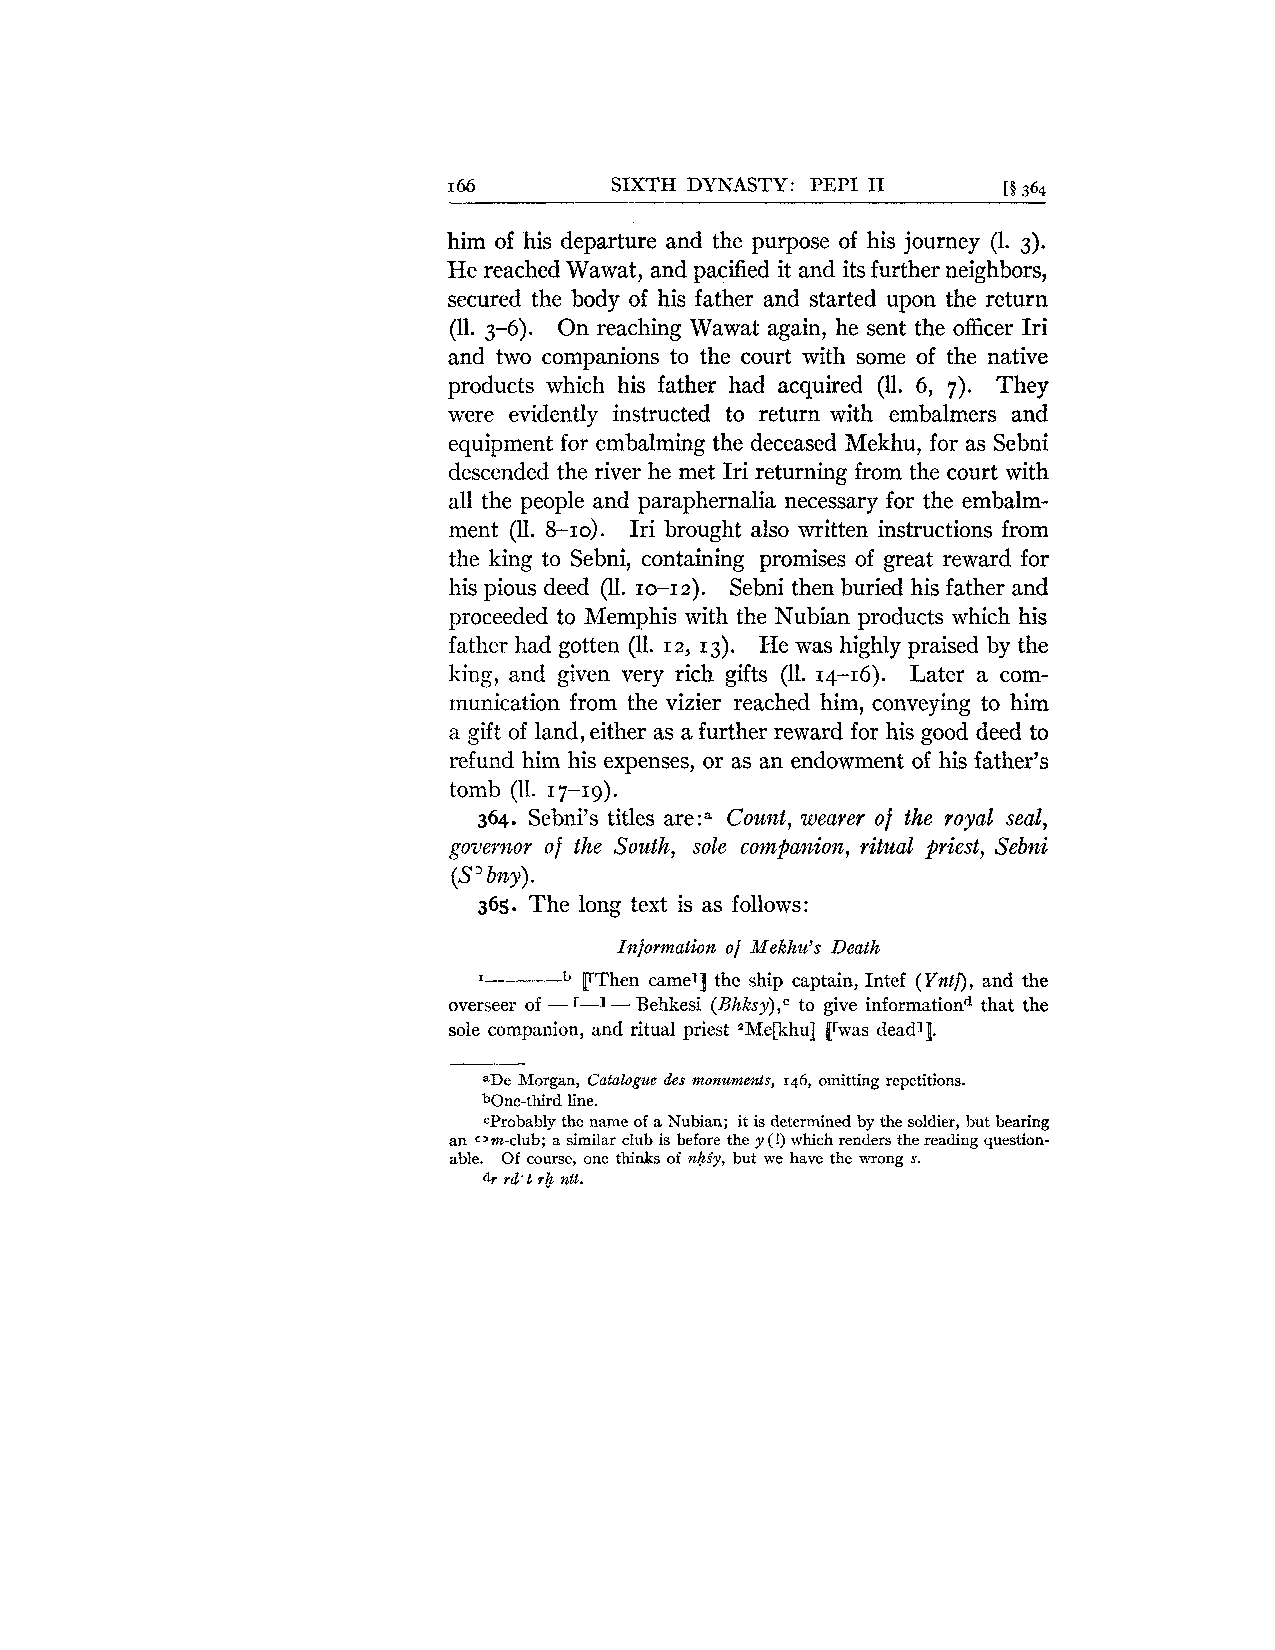
I 66       SIXTH DYNASTY: PEP1 I1   [O 364
 him of his departure and the purpose of his journey (1. 3).
 He reached Wawat, and pacified it and its further neighbors,
 secured the body of his father and started upon the return
 (11. 3-6). On reaching Wawat again, he sent the officer Iri
 and two companions to the court with some of the native
 products which his father had acquired (11. 6, 7). They
 were evidently instructed to return with embalmers and
 equipment for embalming the deceased Mekhu, for as Sebni
 descended the river he met Iri returning from the court with
 all the people and paraphernalia necessary for the embalm-
 ment (11. 8-10). Iri brought also written instructions from
 the king to Sebni, containing promises of great reward for
 his pious deed (11. 1-12). Sebni then buried his father and
 proceeded to Memphis with the Nubian products which his
 father had gotten (11. 13). He was highly praised by the
 12,
 king, and given very rich gifts (11. 14-16). Later a com-
 munication from the vizier reached him, conveying to him
 a gift of land, either as a further reward for his good deed to
 refund him his expenses, or as an endowment of his father's
 tomb (11. 17-19).
 364. Sebni7st itles are:" Count, wearer of the royal seal,
 governor of the South, sole companion, ritual priest, Sebni
 (S' bny).
 365. The long text is as follows:
 Informatiorz of Mekhu's Death
 [rThen camel] the ship captain, Intef (Yntf), and the
 J---~
 overseer of - r-1- Behkesi (Bhk~y)to,~ g ive informationd that the
 sole companion, and ritual priest "e[khu] [[was deadl].
 aDe Morgan, Catalogue des monume~ts,1 46, omitting repetitions.
 bone-third line.
 probably the name of a Nubian; it is determined by the soldier, but bearing
 an cam-club; a similar club is before the y (!) which renders the reading question-
 able. Of course, one thinks of nhfy, but we have the wrong s.
 dr rd't rb ntt.